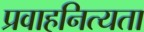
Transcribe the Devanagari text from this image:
प्रवाहनित्यता